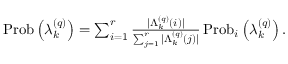
\begin{array} { r } { \operatorname { P r o b } \left( \lambda _ { k } ^ { \left( q \right) } \right) = \sum _ { i = 1 } ^ { r } \frac { \vert \Lambda _ { k } ^ { \left( q \right) } \left( i \right) \vert } { \sum _ { j = 1 } ^ { r } \vert \Lambda _ { k } ^ { \left( q \right) } \left( j \right) \vert } \operatorname { P r o b } _ { i } \left( \lambda _ { k } ^ { \left( q \right) } \right) . } \end{array}